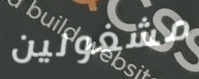
مشغولين